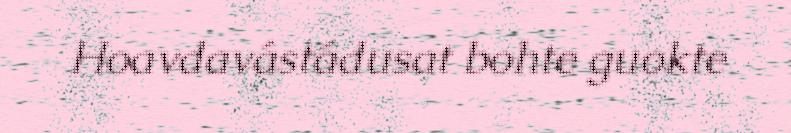
Hoavdavástádusat bohte guokte